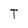
Character: T